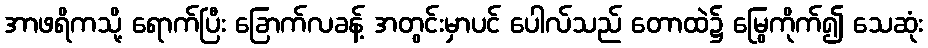
အာဖရိကသို့ ရောက်ပြီး ခြောက်လခန့် အတွင်းမှာပင် ပေါလ်သည် တောထဲ၌ မြွေကိုက်၍ သေဆုံး